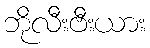
ဘိုလီးဗီးယား